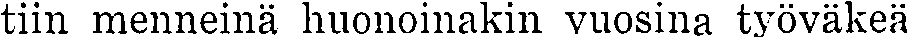
tiin menneinä huonoinakin vuosina työväkeä